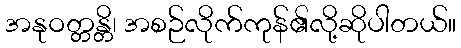
အနုဝတ္တန္တိ၊ အစဉ်လိုက်ကုန်၏လို့ဆိုပါတယ်။